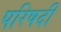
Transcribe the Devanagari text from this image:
परिषदी